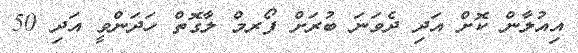
އިއުލާން ކޮށް އަދި ދެވަނަ ބުރަށް ފޯރމް ލާގޮތް ހަދަންވީ އަދި 50